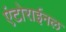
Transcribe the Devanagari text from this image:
एंटोराईनल